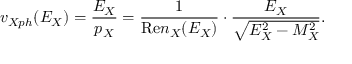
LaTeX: v _ { X p h } ( E _ { X } ) = \frac { E _ { X } } { p _ { X } } = \frac { 1 } { \mathrm { R e } n _ { X } ( E _ { X } ) } \cdot \frac { E _ { X } } { \sqrt { E _ { X } ^ { 2 } - M _ { X } ^ { 2 } } } .